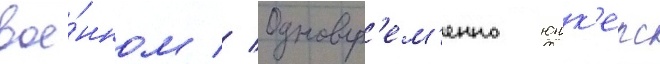
вое́нном // Одновр'ем'енно юнк'ерс